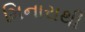
મિનારાથી